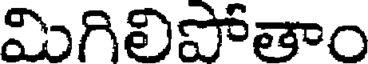
మిగిలిపోతాం